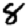
Digit: 8